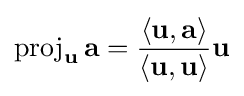
\operatorname {proj} _{\mathbf {u} }\mathbf {a} ={\frac {\left\langle \mathbf {u} ,\mathbf {a} \right\rangle }{\left\langle \mathbf {u} ,\mathbf {u} \right\rangle }}{\mathbf {u} }